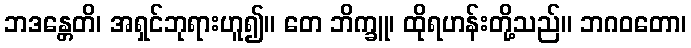
ဘဒန္တေတိ၊ အရှင်ဘုရားဟူ၍။ တေ ဘိက္ခူ၊ ထိုရဟန်းတို့သည်။ ဘဂဝတော၊